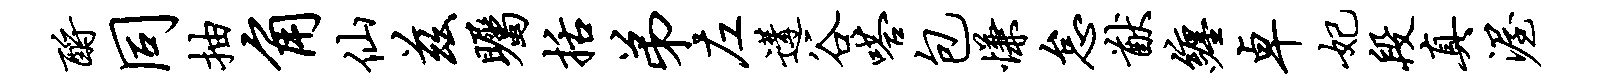
酹同抽角仙兹瞩括弟左遘谷嗒包慊怠猷缠卓妃段真渥